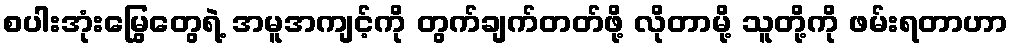
စပါးအုံးမြွေတွေရဲ့ အမူအကျင့်ကို တွက်ချက်တတ်ဖို့ လိုတာမို့ သူတို့ကို ဖမ်းရတာဟာ